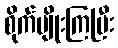
စိုက်ပျိုးကြပြီး